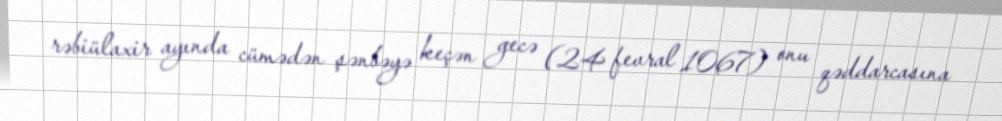
rəbiülaxir ayında cümədən şənbəyə keçən gecə (24 fevral 1067) onu qəddarcasına